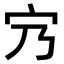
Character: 𡦺